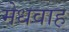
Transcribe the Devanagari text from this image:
मेधवाह